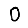
Digit: 0